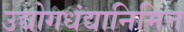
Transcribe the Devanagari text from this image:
उद्योगधंद्यानिमित्त